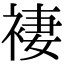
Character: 褄